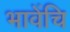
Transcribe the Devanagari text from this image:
भावेंचि